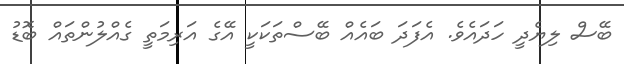
ބޭސް ލިޔެދީ ހަދައެވެ. އެފަދަ ބައެއް ބޭސްތަކަކީ އޭގެ އަރިމަތީ ގެއްލުންތައް ބޮޑު